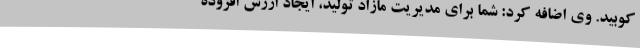
کوبید. وی اضافه کرد: شما برای مدیریت مازاد تولید، ایجاد ارزش افزوده